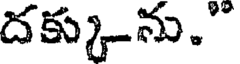
దక్కును."